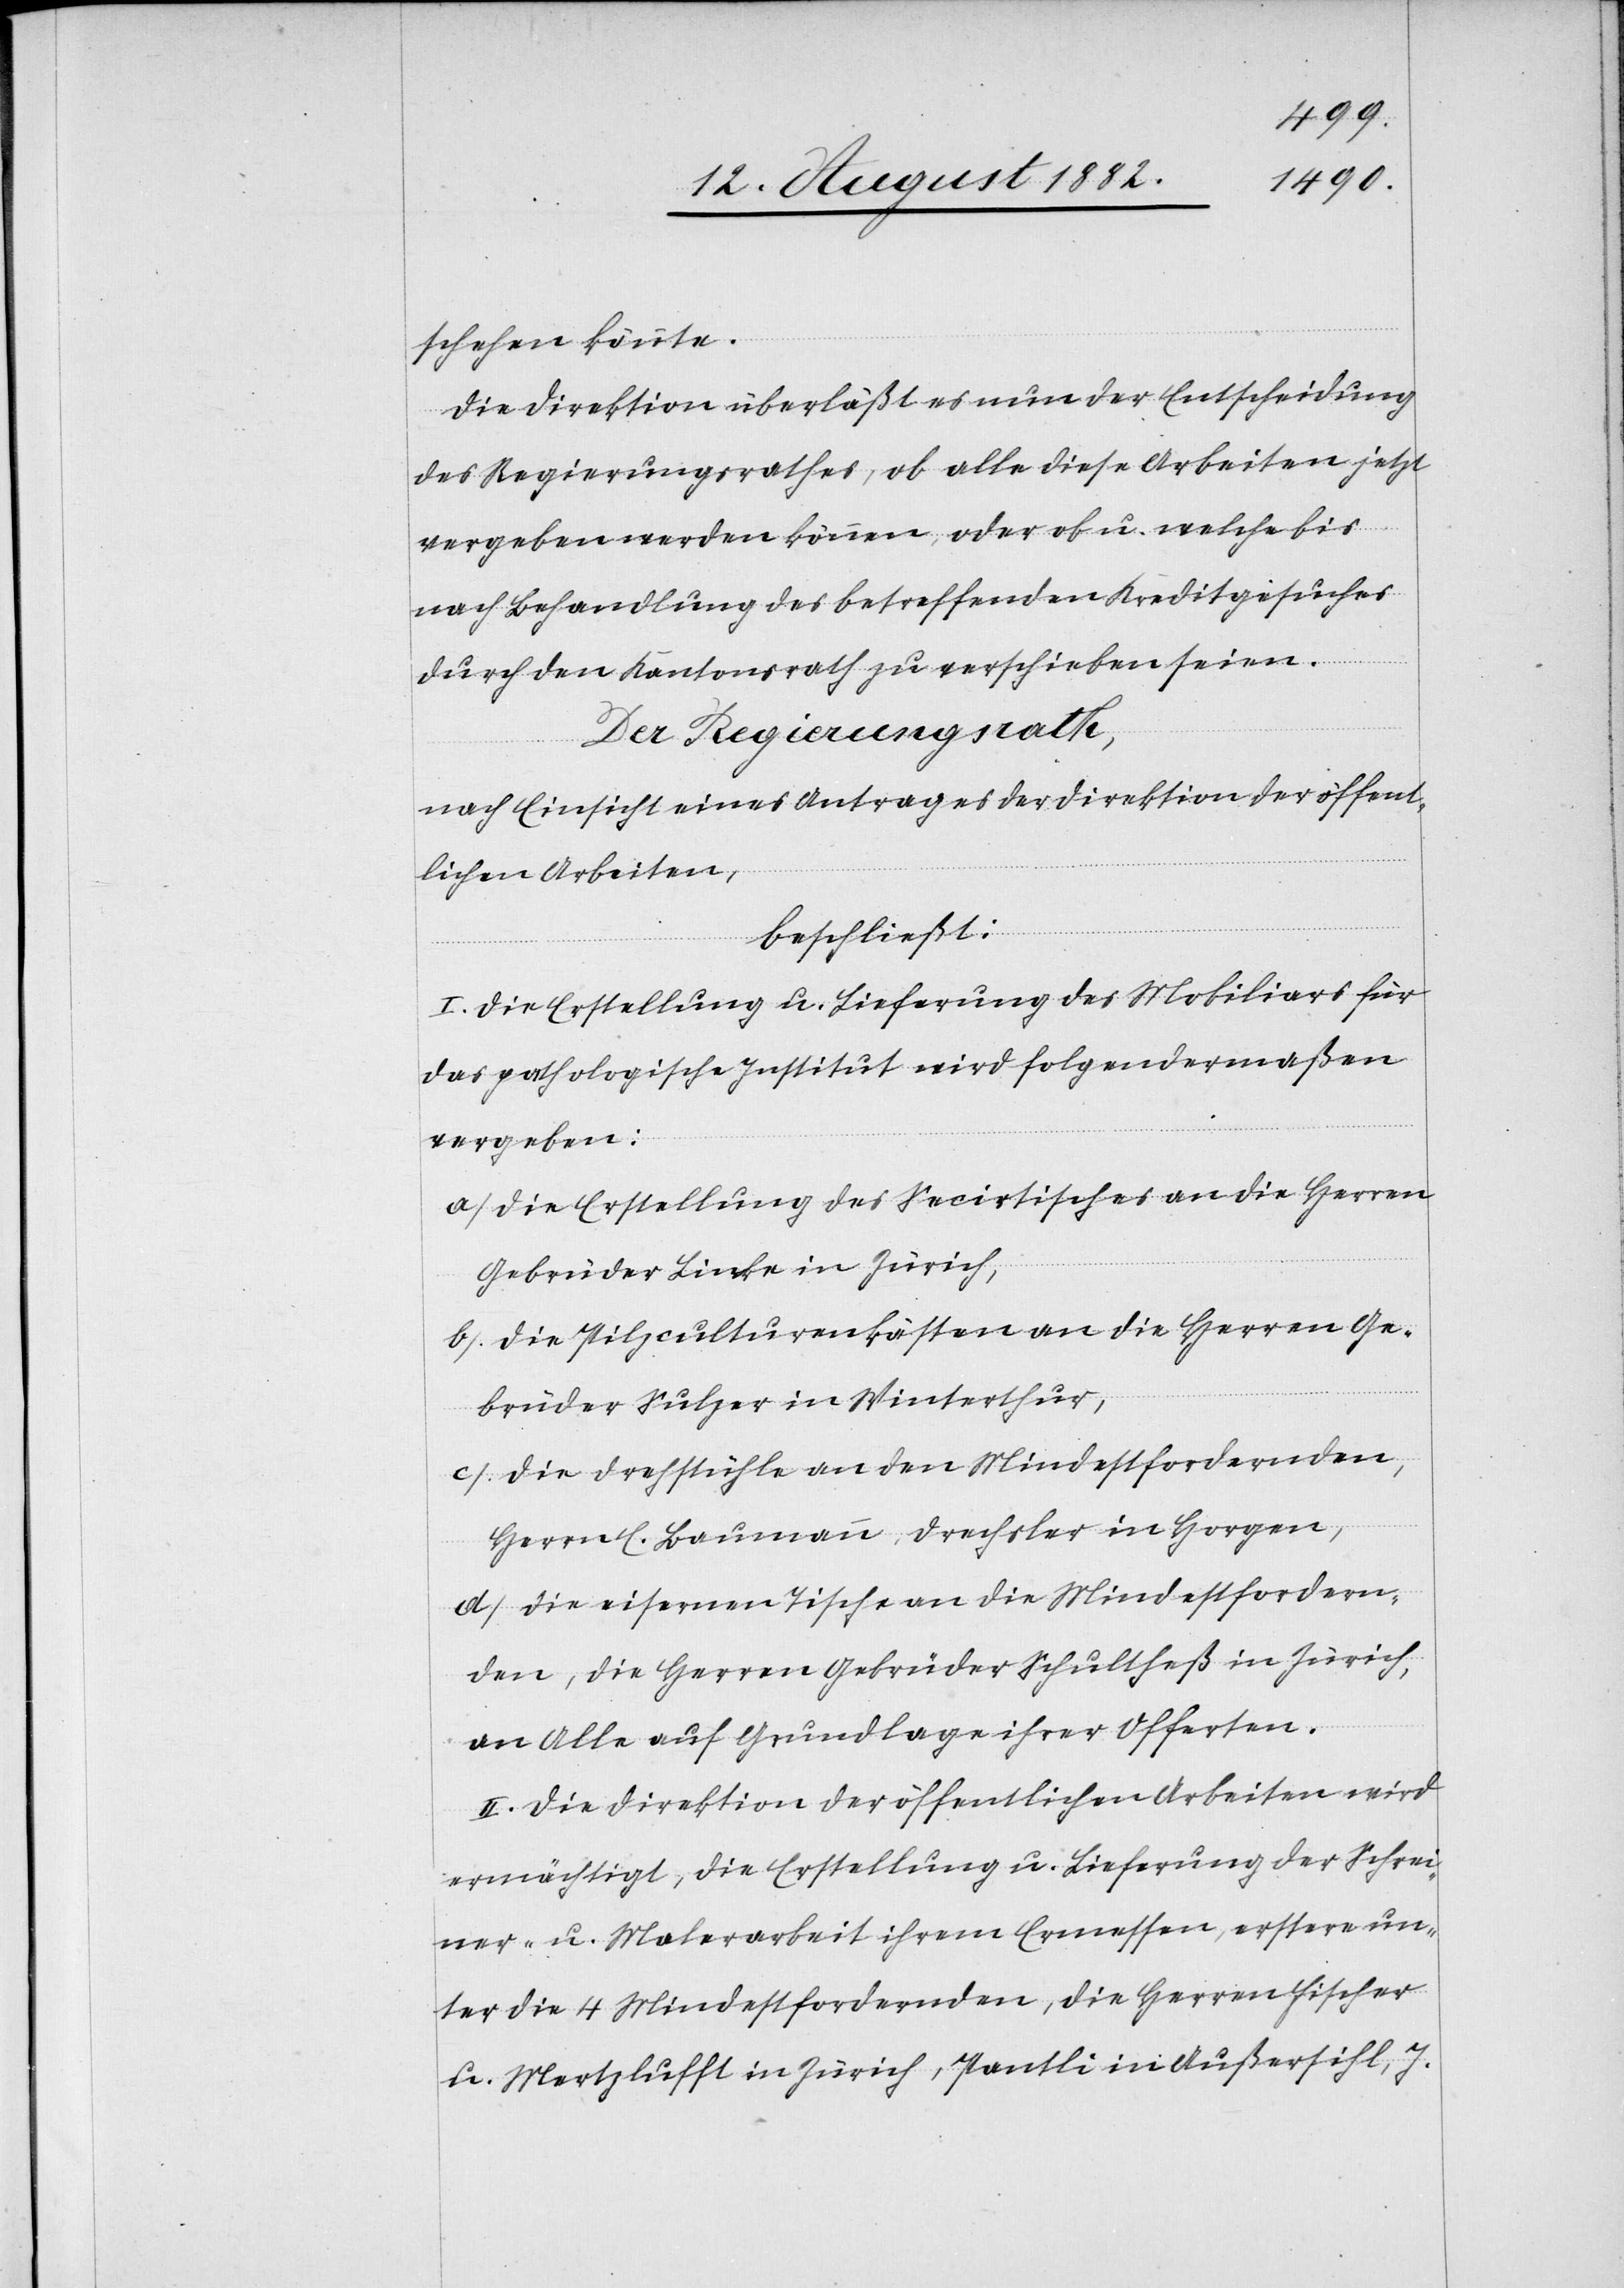
schehen könnte.
Die Direktion überläßt es nun der Entscheidung
des Regierungsrathes, ob alle diese Arbeiten jetzt
vergeben werden können, oder ob u. welche bis
nach Behandlung des betreffenden Kreditgesuches
durch den Kantonsrath zu verschieben seien.
Der Regierungsrath;
nach Einsicht eines Antrages der Direktion des Innern,
beschließt:
I. Die Erstellung u. Lieferung des Mobiliars für
das pathologische Institut wird folgendermaßen
vergeben:
a) Die Erstellung des Secirtisches an die Herren
Gebrüder Linke in Zürich,
b) Die Pilzculturenkästen an die Herren Ge¬
brüder Sulzer in Winterthur,
c) Die Drehstühle an den Mindestfordernden,
Herrn E. Baumann, Drechsler in Horgen,
d) Die eisernen Tische an die Mindestfordern¬
den, die Herren Gebrüder Schultheß in Zürich,
an Alle auf Grundlage ihrer Offerten.
II. Die Direktion der öffentlichen Arbeiten wird
ermächtigt, die Erstellung u. Lieferung der Schrei¬
ner- u. Malerarbeit ihrem Ermessen, erstere un¬
ter die 4 Mindestfordernden, die Herren Fischer
u. Mertzlufft in Zürich, Pantli in Außersihl, J.